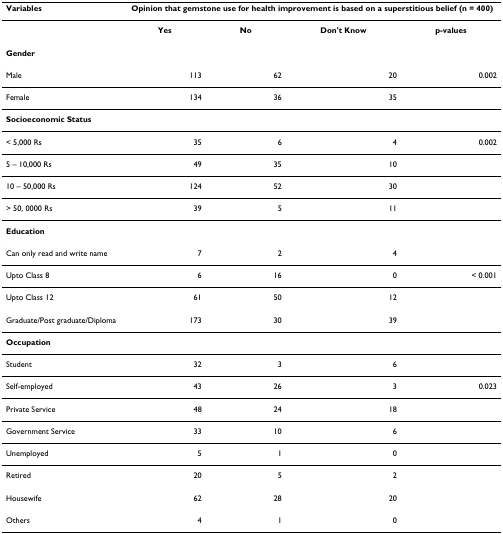
<table><thead><tr><td><b>Variables</b></td><td colspan="4"><b>Opinion that gemstone use for health improvement is based on a superstitious belief (n = 400)</b></td></tr></thead><tbody><tr><td></td><td><b>Yes</b></td><td><b>No</b></td><td><b>Don&#x27;t Know</b></td><td><b>p-values</b></td></tr><tr><td><b>Gender</b></td><td></td><td></td><td></td><td></td></tr><tr><td>Male</td><td>113</td><td>62</td><td>20</td><td>0.002</td></tr><tr><td>Female</td><td>134</td><td>36</td><td>35</td><td></td></tr><tr><td><b>Socioeconomic Status</b></td><td></td><td></td><td></td><td></td></tr><tr><td>&lt; 5,000 Rs</td><td>35</td><td>6</td><td>4</td><td>0.002</td></tr><tr><td>5 – 10,000 Rs</td><td>49</td><td>35</td><td>10</td><td></td></tr><tr><td>10 – 50,000 Rs</td><td>124</td><td>52</td><td>30</td><td></td></tr><tr><td>&gt; 50, 0000 Rs</td><td>39</td><td>5</td><td>11</td><td></td></tr><tr><td><b>Education</b></td><td></td><td></td><td></td><td></td></tr><tr><td>Can only read and write name</td><td>7</td><td>2</td><td>4</td><td></td></tr><tr><td>Upto Class 8</td><td>6</td><td>16</td><td>0</td><td>&lt; 0.001</td></tr><tr><td>Upto Class 12</td><td>61</td><td>50</td><td>12</td><td></td></tr><tr><td>Graduate/Post graduate/Diploma</td><td>173</td><td>30</td><td>39</td><td></td></tr><tr><td><b>Occupation</b></td><td></td><td></td><td></td><td></td></tr><tr><td>Student</td><td>32</td><td>3</td><td>6</td><td></td></tr><tr><td>Self-employed</td><td>43</td><td>26</td><td>3</td><td>0.023</td></tr><tr><td>Private Service</td><td>48</td><td>24</td><td>18</td><td></td></tr><tr><td>Government Service</td><td>33</td><td>10</td><td>6</td><td></td></tr><tr><td>Unemployed</td><td>5</td><td>1</td><td>0</td><td></td></tr><tr><td>Retired</td><td>20</td><td>5</td><td>2</td><td></td></tr><tr><td>Housewife</td><td>62</td><td>28</td><td>20</td><td></td></tr><tr><td>Others</td><td>4</td><td>1</td><td>0</td><td></td></tr></tbody></table>